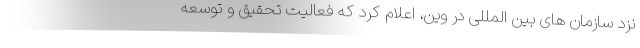
نزد سازمان های بین المللی در وین، اعلام کرد که فعالیت تحقیق و توسعه